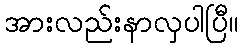
အားလည်းနာလှပါပြီ။